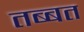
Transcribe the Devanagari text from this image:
तब्बत